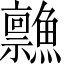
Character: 𲍂